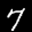
Label: 7